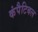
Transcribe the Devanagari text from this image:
कंपैटिबल